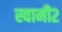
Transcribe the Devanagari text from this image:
स्वामी२